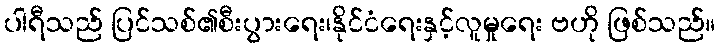
ပါရီသည် ပြင်သစ်၏စီးပွားရေး၊နိုင်ငံရေးနှင့်လူမှုရေး ဗဟို ဖြစ်သည်။